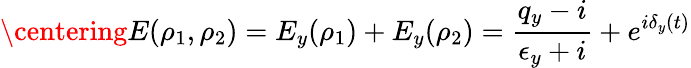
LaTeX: \centering E(\rho_{1},\rho_{2})=E_{y}(\rho_{1})+E_{y}(\rho_{2})=\frac{q_{y}-i}{\epsilon_{y}+i}+e^{i\delta_{y}(t)}